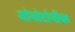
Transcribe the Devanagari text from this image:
मोनोटोनीक